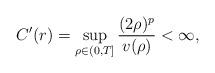
LaTeX: \begin{align*}C'(r)=\sup_{\rho\in(0,T]}\frac{(2\rho)^p}{v(\rho)}<\infty,\end{align*}